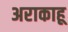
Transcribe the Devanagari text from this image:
अराकाहू